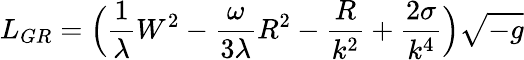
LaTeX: L_{GR}=\Big(\frac{1}{\lambda}W^{2}-\frac{\omega}{3\lambda}R^{2}-\frac{R}{k^{2}}+\frac{2\sigma}{k^{4}}\Big)\sqrt{-g}